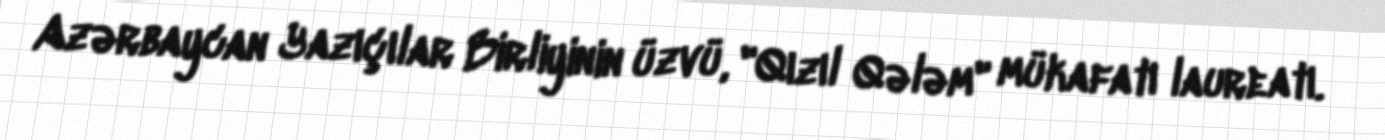
Azərbaycan Yazıçılar Birliyinin üzvü, "Qızıl Qələm" mükafatı laureatı.